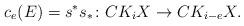
LaTeX: \begin{align*}c_e(E) = s^*s_*\colon CK_i X \to CK_{i-e} X.\end{align*}